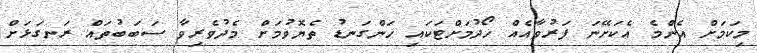
މިކަމަށް އެންމެ އެކަށޭނަ ފަރުވާއެއް ހޯދުމަށްޓަކައި ހަންގަނޑު ތެޔޮވުމަށް މެދުވެރިވާ ސަބަބުތައް ރަނގަޅަށް